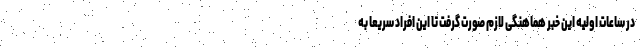
در ساعات اولیه این خبر هماهنگی لازم صورت گرفت تا این افراد سریعا به